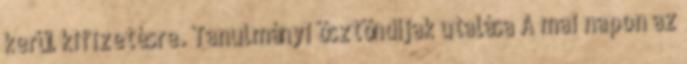
kerül kifizetésre. Tanulmányi ösztöndíjak utalása A mai napon az